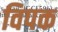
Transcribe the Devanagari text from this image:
विपक